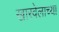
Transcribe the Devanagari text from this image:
खारवेलाच्या